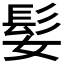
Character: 𫘺